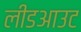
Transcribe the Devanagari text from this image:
लीडआउट